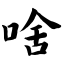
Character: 啥